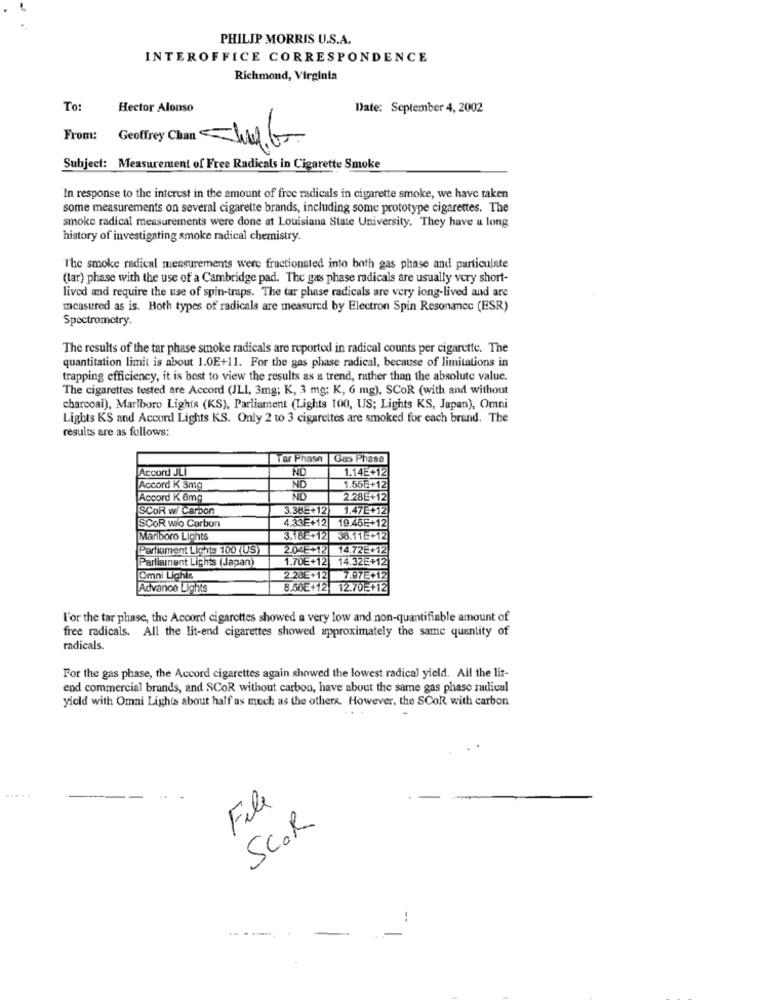
PHILIP MORRIS U.S.A.
INTEROFFICE CORRESPONDENCE
Richmond, Virginia
To
Hector Alonso
Date: September 4, 2002
From:
Geoffrey Chan TING
Subject: Measurement of Free Radicals in Cigarette Smoke
In response to the interest in the amount of free radicals in cigarette smoke, we have taken
some measurements on several cigarette brands, including some prototype cigarettes. The
smoke radical measurements were done at Louisiana State University. They have a long
history of investigating smoke radical chemistry.
The smoke radical measurements were fractionsted into both gas phase and particulate
(tar) phase with the use of a Cambridge pad. The gas phase radicals are usually very short-
lived and require the use of spin-traps. The tar phase radicals are very long-lived and are
measured as is. Hoth types of radicals are measured by Electron Spin Resonance (ESR)
Spectrometry.
The results of the tar phase smoke radicals are reported in radical counts per cigarette. The
quantitation limit is about 1.0E+11. For the gas phase radical, because of limitations in
trapping efficiency, it is best to view the results as a trend, rather than the absolute value.
The cigarettes tested are Accord (JLI, 3mg; K, 3 mg: K, 6 mg), SCOR (with and without
charcoal), Marlboro Lights (KS), Parliament (Lights 100, US; Lights KS, Japan), Omni
Lights KS and Accord Lights KS. Only 2 to 3 cigarettes are smoked for each brand. The
results are as follows:
Tar Phase
Gas Phase
Accord JLI
ND
1.14E+12
Accord K 3mg
ND
1.55E+12
Accord K 6mg
ND
2.28E+12
SCOR w/ Carbon
3.36E+12
1.47E+12
4.33E+12
SCOR wio Carbon
19.45E+12
Marlboro Lights
3.18€+12|
38.115+12
Parliament Lights 100 (US)
2.04E+12
14.72E+12
Parliament Lights (Japan)
1.70€+12
14.32E+12
Omni Lights
2.28E+12
7.97E+12
Advance Lights
8.56€+12
12.70E+12
l'or the tar phase, the Accord cigarettes showed a very low and non-quantifiable amount of
free radicals. All the lit-end cigarettes showed approximately the same quantity of
radicals.
For the gas phase, the Accord cigarettes again showed the lowest radical yield. All the lit-
end commercial brands, and SCOR without carbon, have about the same gas phase radical
yield with Omni Lights about half as much as the others. However, the SCOR with carbon
File
SCOR
-.
........